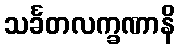
သင်္ခတလက္ခဏာနိ